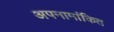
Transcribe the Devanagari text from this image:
अपनामांकित